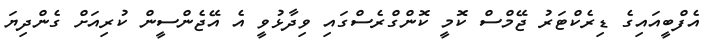
އެފްބީއައިގެ ޑިރެކްޓަރު ޖޭމްސް ކޮމީ ކޮންގްރެސްގައި ވިދާޅުވީ އެ އޭޖެންސީން ކުރިއަށް ގެންދިޔަ